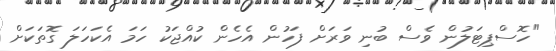
"ހޮސްޕިޓަލުން ވެސް ބުނި ވަރަށް ފަހުން އެހެން ކުއްޖަކު ހަމަ އެކަހަލަ ގޮތަކަށް